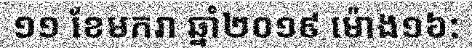
១១ ខែមករា ឆ្នាំ២០១៩ ម៉ោង១៦: